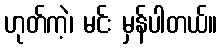
ဟုတ်ကဲ့၊ မင်း မှန်ပါတယ်။